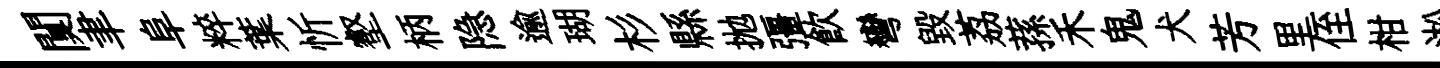
闃聿阜粹葉忻壑柄隐逾瑚杉縣拋彊飮彎毀荔蓀禾鬼犬芳里侄柑淞